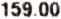
159.00